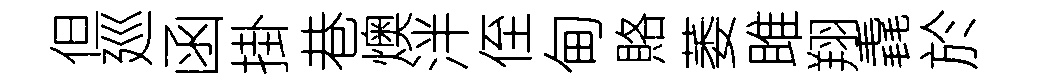
但廵函掛巷燠泮侄甸賂萎雎翔毳於